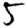
Digit: 5